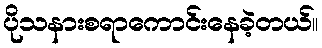
ပိုသနားစရာကောင်းနေခဲ့တယ်။